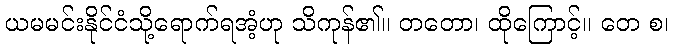
ယမမင်းနိုင်ငံသို့ရောက်ရအံ့ဟု သိကုန်၏။ တတော၊ ထိုကြောင့်။ တေ စ၊